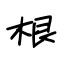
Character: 根